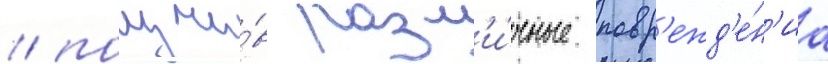
/ получи́в разл'и́чные повр'ежд'е́н'иа